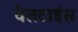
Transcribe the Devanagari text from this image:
वेलटाइंस